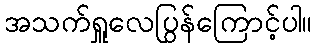
အသက်ရှူလေပြွန်ကြောင့်ပါ။